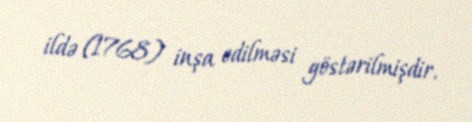
ildə (1768) inşa edilməsi göstərilmişdir.